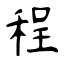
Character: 程